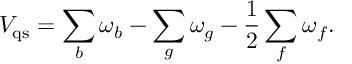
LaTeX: V _ { \mathrm { q s } } = \sum _ { b } \omega _ { b } - \sum _ { g } \omega _ { g } - \frac { 1 } { 2 } \sum _ { f } \omega _ { f } .